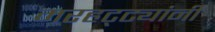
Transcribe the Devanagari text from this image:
मरहट्ट्यांनी